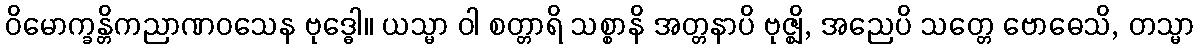
ဝိမောက္ခန္တိကညာဏဝသေန ဗုဒ္ဓေါ။ ယသ္မာ ဝါ စတ္တာရိ သစ္စာနိ အတ္တနာပိ ဗုဇ္ဈိ, အညေပိ သတ္တေ ဗောဓေသိ, တသ္မာ